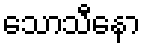
သောသီနော